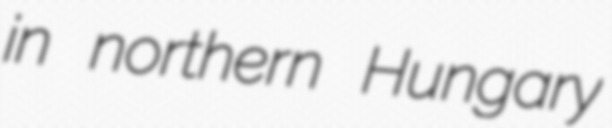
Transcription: in northern Hungary